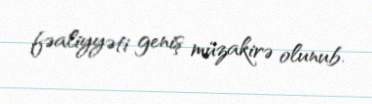
fəaliyyəti geniş müzakirə olunub.